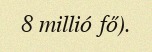
8 millió fő).